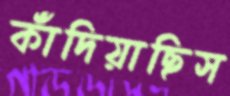
কাঁদিয়াছিস